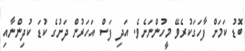
ބޮޑު ކަމަށް ފާހަގަކުރެވޭ މީހުންނަށެވެ. އަދި ފަސް އަހަރުން ދަށުގެ ކުޑަ ކުދިންނާއި